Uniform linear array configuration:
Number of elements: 32
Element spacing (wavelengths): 1
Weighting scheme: binomial
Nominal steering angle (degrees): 30
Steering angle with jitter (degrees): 30.464
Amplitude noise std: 0.05
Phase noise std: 0.05

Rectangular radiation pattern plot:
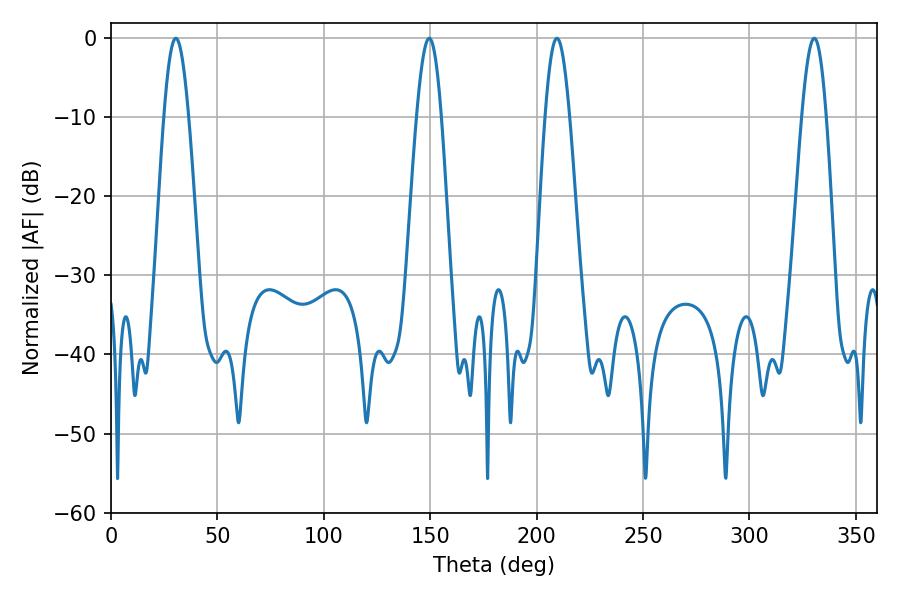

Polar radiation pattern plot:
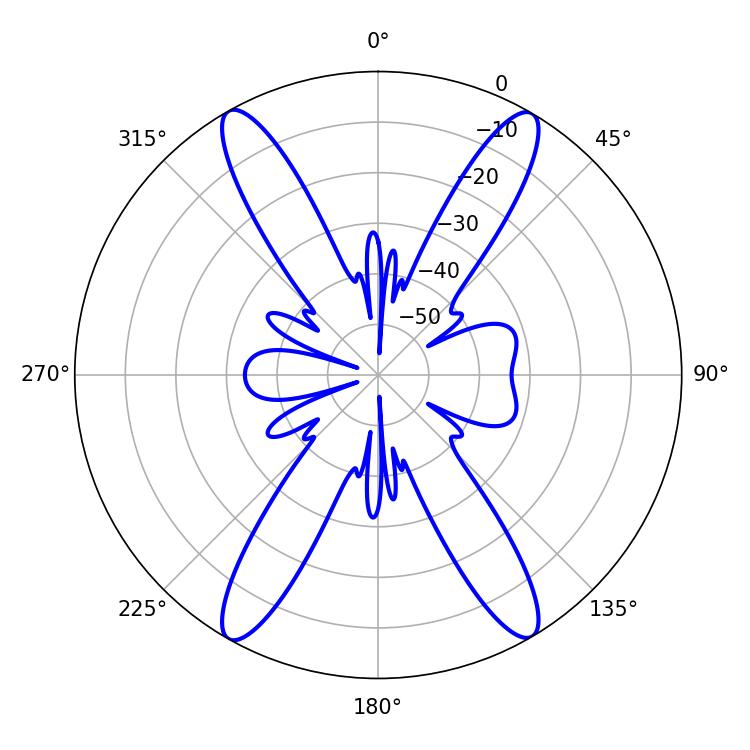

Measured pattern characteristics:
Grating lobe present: TRUE
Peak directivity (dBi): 26.326
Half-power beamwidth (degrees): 6.12
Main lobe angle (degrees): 209.52